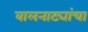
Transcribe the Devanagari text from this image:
बालनाट्यांचा